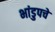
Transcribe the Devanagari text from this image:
भांडुपचे